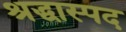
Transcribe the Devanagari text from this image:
श्रद्धास्पद